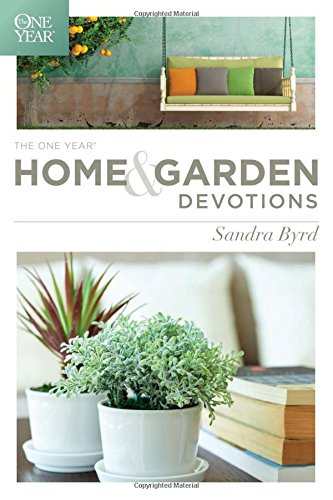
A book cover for The One Year Home and Garden Devotions; Sandra Byrd; Crafts, Hobbies & Home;